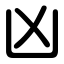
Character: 凶